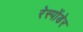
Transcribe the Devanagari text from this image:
रेस्पोंडेर